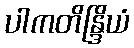
ပါကတိန္ဒြိယံ